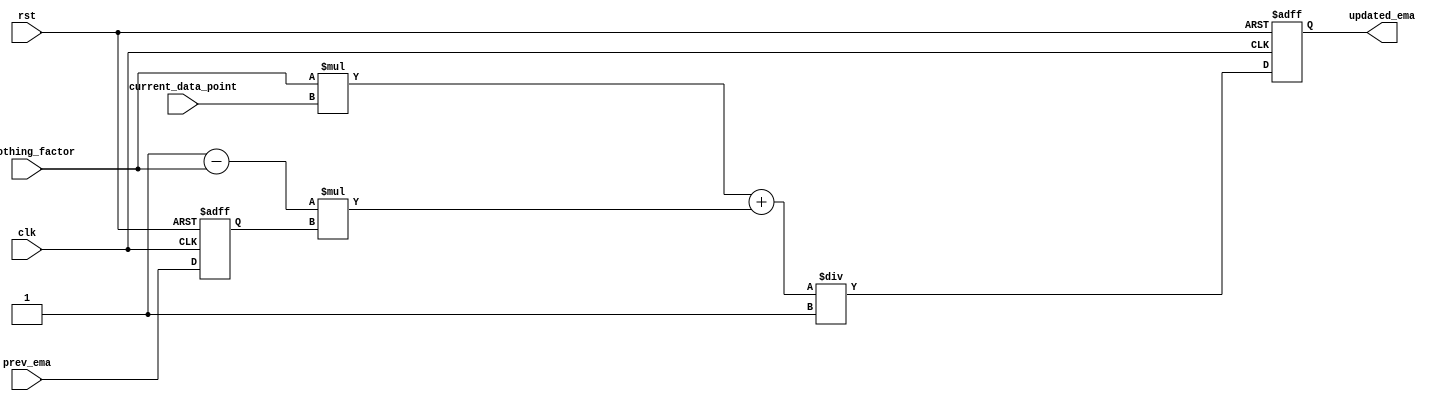
module ema_accumulator (
    input wire clk,
    input wire rst,
    input wire [31:0] prev_ema,
    input wire [31:0] current_data_point,
    input wire [31:0] smoothing_factor,
    output wire [31:0] updated_ema
);

reg [31:0] prev_ema_reg;
reg [31:0] intermediate_result;

always @(posedge clk or posedge rst) begin
    if (rst) begin
        prev_ema_reg <= 0;
        intermediate_result <= 0;
    end else begin
        prev_ema_reg <= prev_ema;
        intermediate_result <= ((smoothing_factor * current_data_point) + ((32'h1 - smoothing_factor) * prev_ema_reg)) / 32'h1;
    end
end

assign updated_ema = intermediate_result;

endmodule